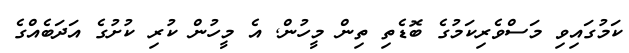
ކަމުގައިވި މަސްވެރިކަމުގެ ބޮޑެތި ތިން މީހުން